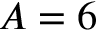
A = 6